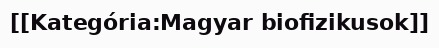
[[Kategória:Magyar biofizikusok]]